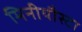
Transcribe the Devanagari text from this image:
मिनीयौस्टा